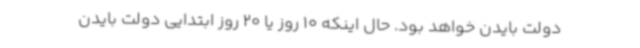
دولت بایدن خواهد بود. حال اینکه 10 روز یا 20 روز ابتدایی دولت بایدن